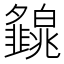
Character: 𤾿